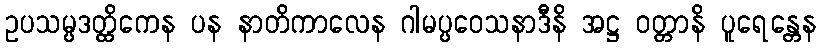
ဥပသမ္ပဒတ္ထိကေန ပန နာတိကာလေန ဂါမပ္ပဝေသနာဒီနိ အဋ္ဌ ဝတ္တာနိ ပူရေန္တေန